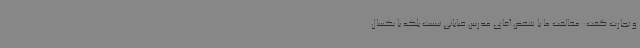
و تجارت گفت: مخالفت ما با شخص آقای مدرس خیابانی نیست بلکه با یکسال